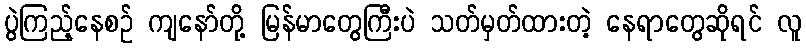
ပွဲကြည့်နေစဉ် ကျနော်တို့ မြန်မာတွေကြီးပဲ သတ်မှတ်ထားတဲ့ နေရာတွေဆိုရင် လူ